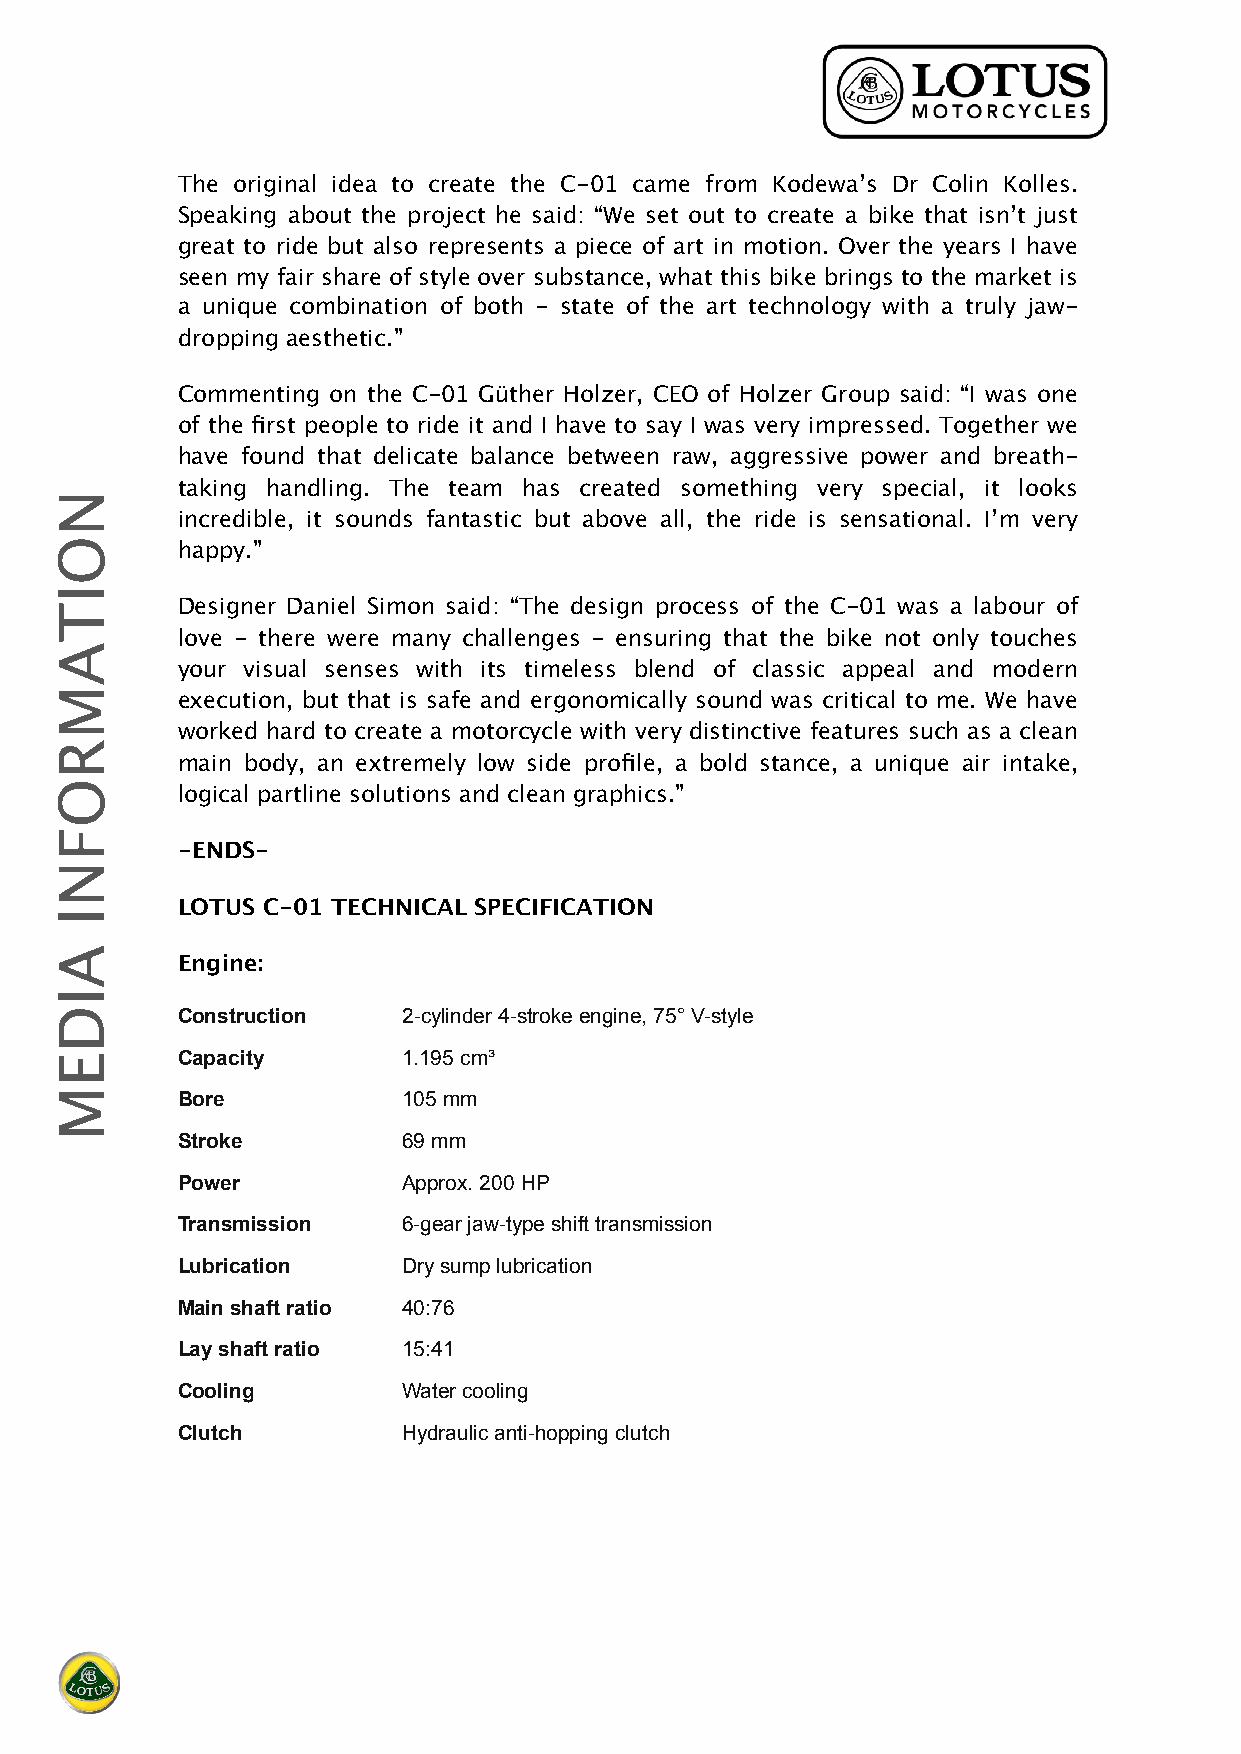
The original idea to create the C-01 came from Kodewa’s Dr Colin Kolles.
 Speaking about the project he said: “We set out to create a bike that isn’t just
 great to ride but also represents a piece of art in motion. Over the years I have
 seen my fair share of style over substance, what this bike brings to the market is
 a unique combination of both - state of the art technology with a truly jaw-
 dropping aesthetic.”
 Commenting on the C-01 Güther Holzer, CEO of Holzer Group said: “I was one
 of the first people to ride it and I have to say I was very impressed. Together we
 have found that delicate balance between raw, aggressive power and breath-
 taking handling. The team has created something very special, it looks
 incredible, it sounds fantastic but above all, the ride is sensational. I’m very
 happy.”
 Designer Daniel Simon said: “The design process of the C-01 was a labour of
 love - there were many challenges - ensuring that the bike not only touches
 your visual senses with its timeless blend of classic appeal and modern
 execution, but that is safe and ergonomically sound was critical to me. We have
 worked hard to create a motorcycle with very distinctive features such as a clean
 main body, an extremely low side profile, a bold stance, a unique air intake,
 logical partline solutions and clean graphics.”
 -ENDS-
 LOTUS C-01 TECHNICAL SPECIFICATION
 Engine:
 Construction   2-cylinder 4-stroke engine, 75° V-style
 Capacity       1.195 cm³
 Bore           105 mm
 Stroke         69 mm
 Power          Approx. 200 HP
 Transmission   6-gear jaw-type shift transmission
 Lubrication    Dry sump lubrication
 Main shaft ratio 40:76
 Lay shaft ratio 15:41
 Cooling        Water cooling
 Clutch         Hydraulic anti-hopping clutch
 NOITAMROFNI
 AIDEM